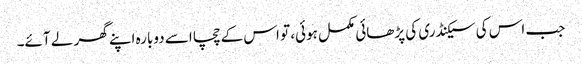
جب اس کی سیکنڈری کی پڑھائی مکمل ہوئی، تو اس کے چچا اسے دوبارہ اپنے گھر لے آئے۔